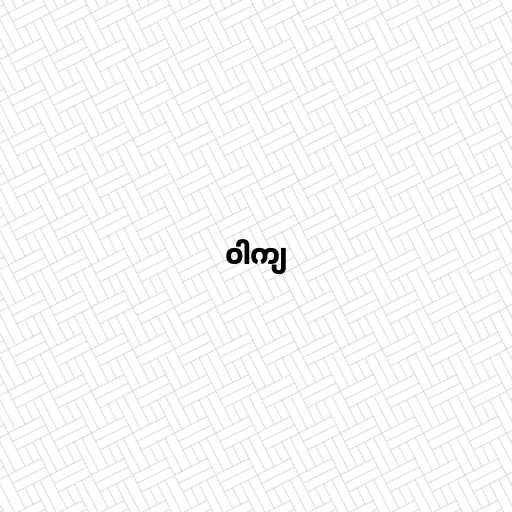
ဝါကျ